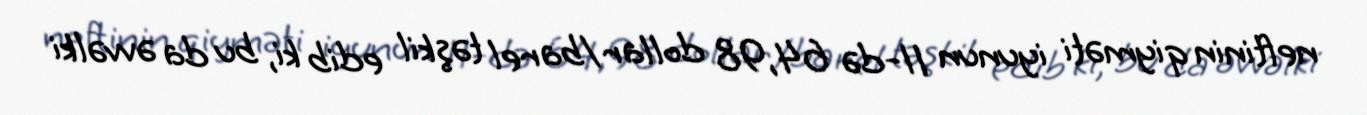
neftinin qiyməti iyunun 11-də 64,98 dollar/barel təşkil edib ki, bu da əvvəlki